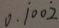
0 . \dot { 1 } 0 0 \dot { 2 }